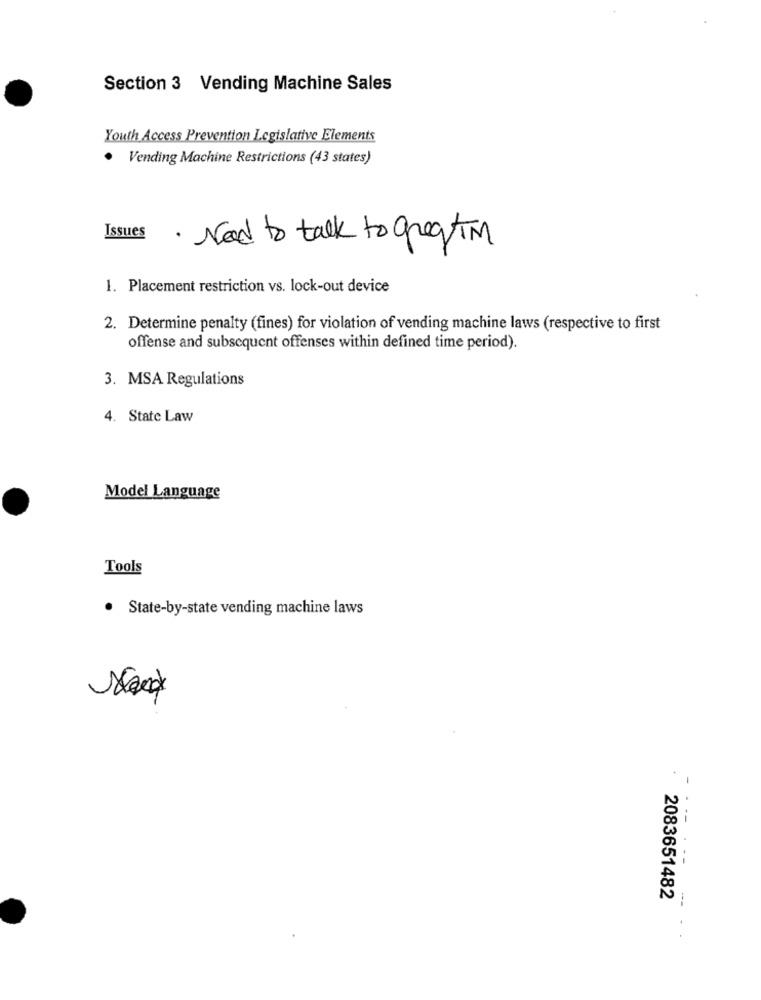
Section 3 Vending Machine Sales
Youth Access Prevention Legislative Elements
·
Vending Machine Restrictions (43 states)
Issues
· Need to talk to greatIM
1. Placement restriction vs. lock-out device
2. Determine penalty (fines) for violation of vending machine laws (respective to first
offense and subsequent offenses within defined time period).
3. MSA Regulations
4. State Law
Model Language
Tools
· State-by-state vending machine laws
.
--
--
2083651482